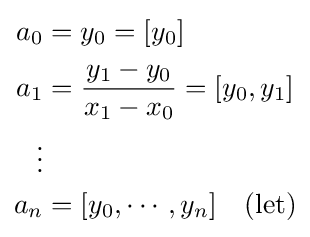
{\begin{aligned}a_{0}&=y_{0}=[y_{0}]\\a_{1}&={y_{1}-y_{0} \over x_{1}-x_{0}}=[y_{0},y_{1}]\\\vdots \\a_{n}&=[y_{0},\cdots ,y_{n}]\quad {\text{(let)}}\\\end{aligned}}